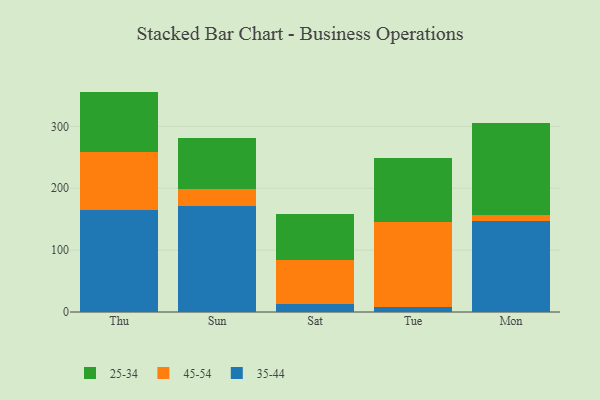
{"axis": {"x": "Day", "y": "Population (Million)"}, "legend": ["25-34", "35-44", "45-54"], "data": [{"x": "Thu", "y": 164.2, "type": "35-44"}, {"x": "Thu", "y": 93.6, "type": "45-54"}, {"x": "Thu", "y": 98.3, "type": "25-34"}, {"x": "Sun", "y": 170.9, "type": "35-44"}, {"x": "Sun", "y": 28.4, "type": "45-54"}, {"x": "Sun", "y": 81.2, "type": "25-34"}, {"x": "Sat", "y": 12.5, "type": "35-44"}, {"x": "Sat", "y": 71.5, "type": "45-54"}, {"x": "Sat", "y": 73.9, "type": "25-34"}, {"x": "Tue", "y": 7.4, "type": "35-44"}, {"x": "Tue", "y": 138.7, "type": "45-54"}, {"x": "Tue", "y": 103.1, "type": "25-34"}, {"x": "Mon", "y": 147.7, "type": "35-44"}, {"x": "Mon", "y": 9.8, "type": "45-54"}, {"x": "Mon", "y": 147.5, "type": "25-34"}]}